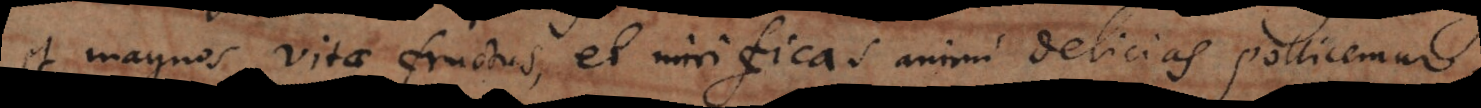
et magnos vitae fructus, et mirificas animi delicias pollicemur